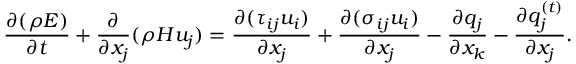
\frac { { \partial ( \rho E ) } } { { \partial t } } + \frac { \partial } { { \partial { x _ { j } } } } ( \rho H { u _ { j } } ) = \frac { { \partial ( { \tau _ { i j } } { u _ { i } } ) } } { { \partial { x _ { j } } } } + \frac { { \partial ( { \sigma _ { i j } } { u _ { i } } ) } } { { \partial { x _ { j } } } } - \frac { { \partial { q _ { j } } } } { { \partial { x _ { k } } } } - \frac { { \partial q _ { j } ^ { \left( t \right) } } } { { \partial { x _ { j } } } } .